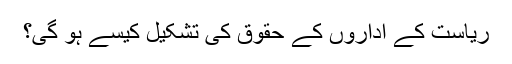
ریاست کے اداروں کے حقوق کی تشکیل کیسے ہو گی؟